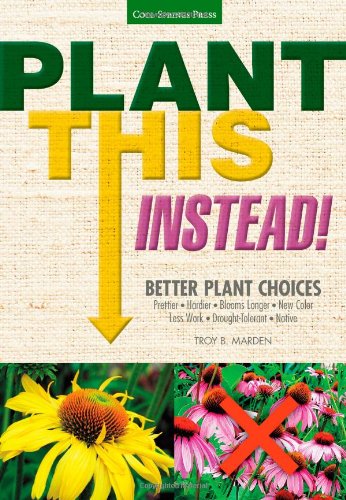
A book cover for Plant This Instead!: Better Plant Choices - Prettier - Hardier - Blooms Longer - New Colors - Less Work - Drought-Tolerant - Native; Troy B. Marden; Crafts, Hobbies & Home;